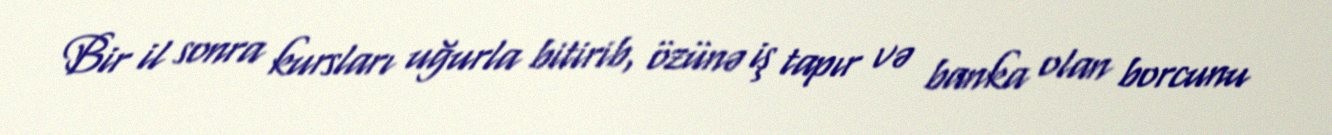
Bir il sonra kursları uğurla bitirib, özünə iş tapır və banka olan borcunu